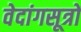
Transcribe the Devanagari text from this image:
वेदांगसूत्रों